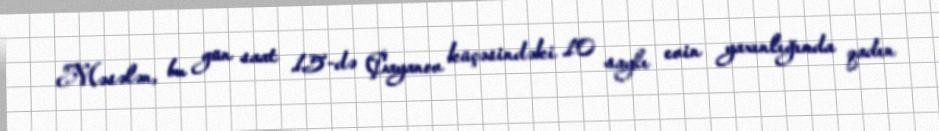
Məsələn, bu gün saat 15-də Çayanov küçəsindəki 10 saylı evin yaxınlığında qadın